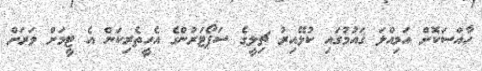
ހާއްސަކޮށް އަމިއްލަ ގައުމުގައި ކުޅޭއިރު ޗިލީގެ ސަޕޯޓަރުންގެ އެހީތެރިކަން އެ ޓީމަށް ވަރަށް